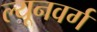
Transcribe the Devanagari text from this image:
ल्यूनवर्ग